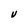
Character: V